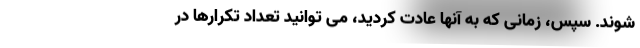
شوند. سپس، زمانی که به آنها عادت کردید، می توانید تعداد تکرارها در